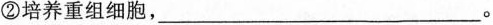
②培养重组细胞，___。